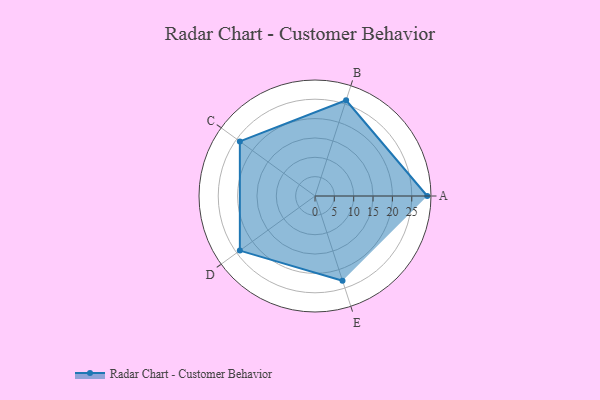
{"axis": {"x": "Skill", "y": "Score"}, "legend": ["Profile"], "data": [{"x": "A", "y": 29.0, "type": "Profile"}, {"x": "B", "y": 26.0, "type": "Profile"}, {"x": "C", "y": 24.0, "type": "Profile"}, {"x": "D", "y": 24.0, "type": "Profile"}, {"x": "E", "y": 23.0, "type": "Profile"}]}